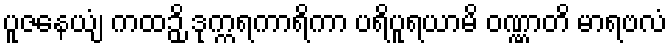
ပူဇနေယျံ ကထဉှိ ဒုက္ကရကာရိကာ ပရိပူရယာမိ ဝဏ္ဏာတိ မာရဗလံ